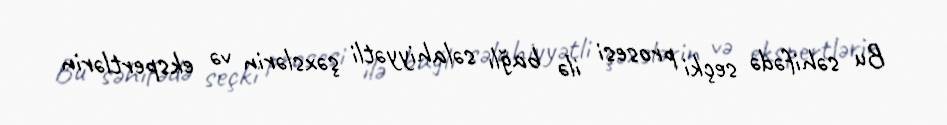
Bu səhifədə seçki prosesi ilə bağlı səlahiyyətli şəxslərin və ekspertlərin